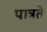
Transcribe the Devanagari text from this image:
पात्रते